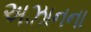
અઝાનના